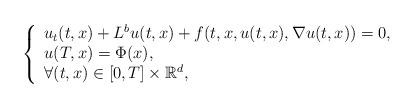
LaTeX: \begin{align*}\left\{\begin{array}{l} u_t(t,x) + L^b u(t,x) + f(t,x,u(t,x), \nabla u(t,x))=0, \\ u(T,x)=\Phi(x),\\ \forall (t,x)\in[0,T]\times \mathbb R^d ,\end{array}\right.\end{align*}